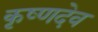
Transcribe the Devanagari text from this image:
कृष्‍णदेव